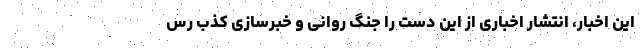
این اخبار، انتشار اخباری از این دست را جنگ روانی و خبرسازی کذب رس